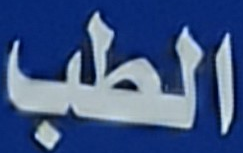
الطب